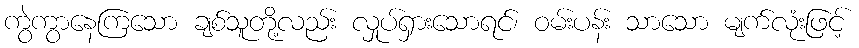
ကွဲကွာနေကြသော ချစ်သူတို့လည်း လှုပ်ရှားသောရင်၊ ဝမ်းပန်း သာသော မျက်လုံးဖြင့်